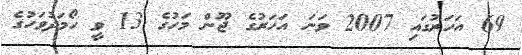
69 އަހަރުގައި 2007 ވަނަ އަހަރުގެ ޖޫން މަހުގެ 13 ވީ ހޯމަދުވަހުގެ